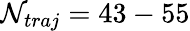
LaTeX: \mathcal{N}_{traj}=43-55